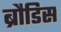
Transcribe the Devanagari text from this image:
ब्रौडिस